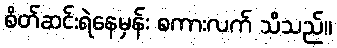
စိတ်ဆင်းရဲနေမှန်း စကားလက် သိသည်။